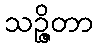
သဉ္ဇိတာ